Leaving Certificate Examination, 1922
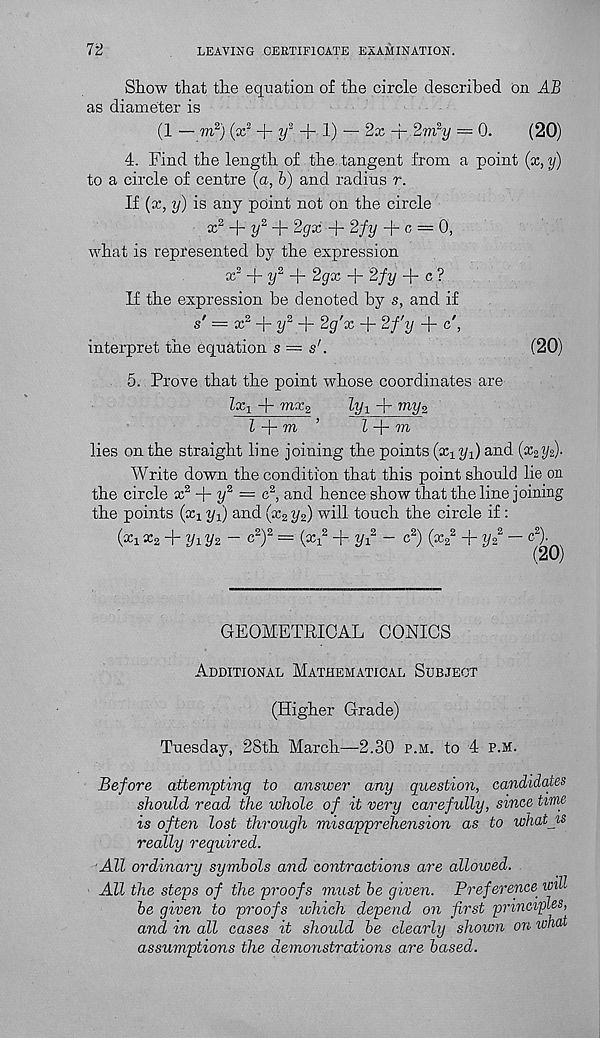
72
LEAVING CERTIFICATE EXAMINATION.
Stow that the equation of the circle described on AB
as diameter is
(1 — to 2 ) (x 2 + i/ 2 + 1) — 2x -r 2vi 2 y = 0.
(20)
4. Find the length of the tangent from a point (x, y)
to a circle of centre (a, b) and radius r.
If (x, y) is any point not on the circle
x 2 + y 2j r Zgx + 2/y + c = 0,
what is repi'esented by the expression
x? -\-y 2 A- 2gx + 2fy -f c ?
If the expression be denoted by s, and if
s' = x 2 + y 2 + 2g'x + 2fy + c',
interpret the equation s = s'.
(20)
5. Prove that the point whose coordinates are
lx 1 + mx 2
lyx -)- my z
Z -j" to ’
Z + ™
lies on the straight line joining the points (xx j/x) and (x 2 i/2)-
Write down the condition that this point should lie on
the circle x 2 + iy 2 — c 2 , and hence show that the line joining
the points (xx yq) and (x 2 y 2 ) will touch the circle if :
(xx x 2 + yiy2- c 2 ) 2 = (xx 2 + yx 2 - c 2 ) (x 2
2 + y<? —
GEOMETRICAL CONICS
Additional Mathematical Subject
(Higher Grade)
Tuesday, 28th March—2.30 p.m. to 4 p.m.
Before attempting to answer any question, candidates
should read the whole of it very carefully, since time
is often lost through misapprehension as to whatjis
really required.
All ordinary symbols and contractions are allowed.
All the steps of the proofs must be given. Preference will
be given to proofs which depend on first principles,
and in all cases it should be clearly shown on what
assumptions the demonstrations are based.
c 2 ).
(20)